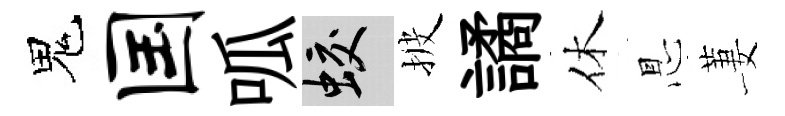
鬼国呱蛟披譎休㤙萋